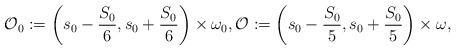
LaTeX: \begin{align*}\mathcal O_0:=\left(s_0- \frac{S_{0}}{6},s_0+ \frac{S_{0}}{6}\right) \times\omega_0,\mathcal O:=\left(s_0- \frac{S_{0}}{5},s_0+ \frac{S_{0}}{5}\right) \times\omega,\end{align*}